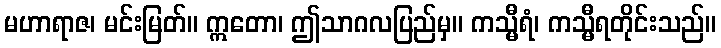
မဟာရာဇ၊ မင်းမြတ်။ ဣတော၊ ဤသာဂလပြည်မှ။ ကသ္မီရံ၊ ကသ္မီရတိုင်းသည်။